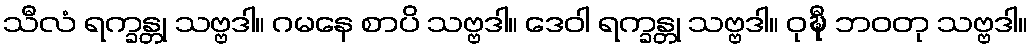
သီလံ ရက္ခန္တု သဗ္ဗဒါ။ ဂမနေ စာပိ သဗ္ဗဒါ။ ဒေဝါ ရက္ခန္တု သဗ္ဗဒါ။ ဝုဍ္ဎီ ဘဝတု သဗ္ဗဒါ။